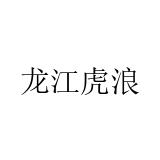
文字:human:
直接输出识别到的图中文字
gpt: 龙江虎浪